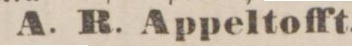
A. R. Appeltofft.